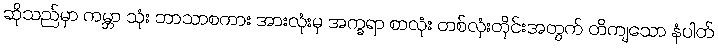
ဆိုသည်မှာ ကမ္ဘာ သုံး ဘာသာစကား အားလုံးမှ အက္ခရာ စာလုံး တစ်လုံးတိုင်းအတွက် တိကျသော နံပါတ်